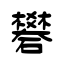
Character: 礬